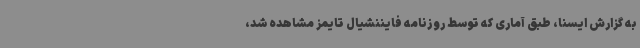
به گزارش ایسنا، طبق آماری که توسط روزنامه فایننشیال تایمز مشاهده شد،